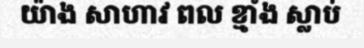
យ៉ាង សាហាវ ពល ខ្មាំង ស្លាប់